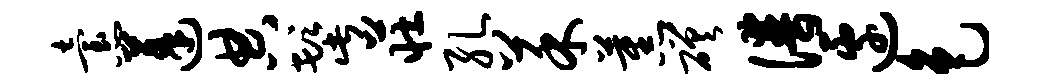
怠蓬典髭庄孔菜蕉磋谱边色